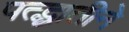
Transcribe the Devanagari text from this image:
पत्द्धातीने